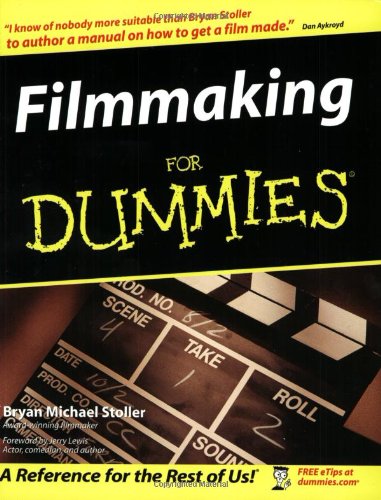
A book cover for Filmmaking For Dummies; Bryan Michael Stoller; Humor & Entertainment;